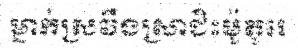
ម្នាក់ស្រវឹងស្រាជិះម៉ូតូរេ